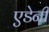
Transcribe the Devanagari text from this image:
एडेनी